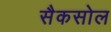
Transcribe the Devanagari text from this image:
सैकसोल